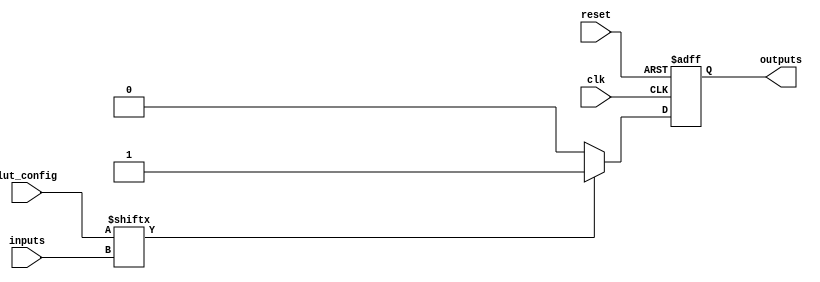
module CLB #(
    parameter NUM_INPUTS = 4,  // Number of inputs to the CLB
    parameter NUM_OUTPUTS = 1,  // Number of outputs from the CLB
    parameter LUT_SIZE = 16     // Size of the LUT (2^NUM_INPUTS)
)(
    input wire [NUM_INPUTS-1:0] inputs,         // Input lines
    input wire [LUT_SIZE-1:0] lut_config,       // LUT configuration
    input wire clk,                              // Clock for flip-flops
    input wire reset,                            // Reset signal
    output wire [NUM_OUTPUTS-1:0] outputs       // Output lines
);

    // Internal signal for LUT output
    wire [NUM_OUTPUTS-1:0] lut_output;

    // Look-Up Table (LUT) implementation
    generate
        genvar i;
        for (i = 0; i < NUM_OUTPUTS; i = i + 1) begin : lut_block
            assign lut_output[i] = lut_config[inputs] ? 1'b1 : 1'b0; // Simple LUT logic
        end
    endgenerate

    // Flip-Flop for output storage
    reg [NUM_OUTPUTS-1:0] ff_output;

    always @(posedge clk or posedge reset) begin
        if (reset) begin
            ff_output <= {NUM_OUTPUTS{1'b0}}; // Reset output
        end else begin
            ff_output <= lut_output; // Store LUT output
        end
    end

    // Assign flip-flop output to the module output
    assign outputs = ff_output;

endmodule